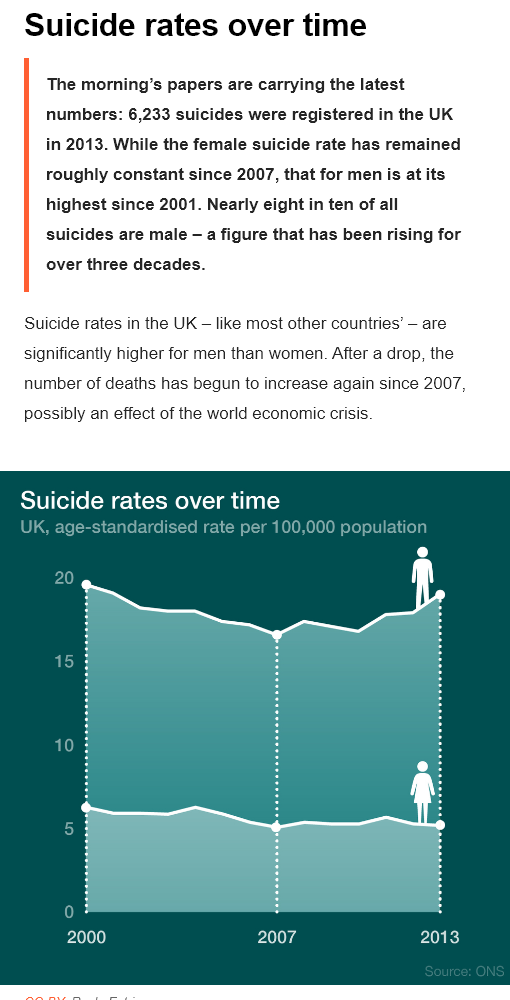
Suicide    rates    over    time
     The morning’s papers are carrying the latest
     numbers: 6,233 suicides were registered in the UK
     in 2013. While the female suicide rate has remained
     roughly constant since 2007, that for men is at its
     highest since 2001. Nearly eight in ten of all
     suicides are male
     —
     a
     figure  that has been rising for
     over three decades.
   Suicide rates in the UK
     —
     like most other countries’
     — are
   significantly higher for men than women. After a drop, the
   number of deaths has begun to increase again since 2007,
   possibly an effect of the world economic crisis
   UK, age-standardised rate per 100,000 population
   Suicide   rates   over  time
     Peet    Pe    2013
     Foie ee) S)